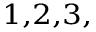
^ { 1 , 2 , 3 , }